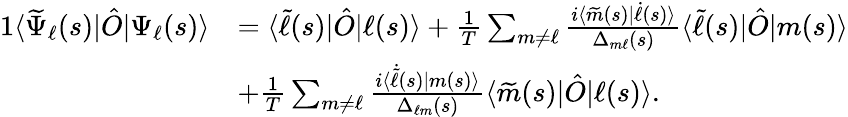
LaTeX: \begin{array}{rl}{{1}\langle\widetilde{\Psi}_{\ell}(s)|\hat{O}|\Psi_{\ell}(s)\rangle}&{=\langle\widetilde{\ell}(s)|\hat{O}|\ell(s)\rangle+\frac{1}{T}\sum_{m\neq\ell}\frac{i\langle\widetilde{m}(s)|\dot{\ell}(s)\rangle}{\Delta_{m\ell}(s)}\langle\widetilde{\ell}(s)|\hat{O}|m(s)\rangle}\\ &{+\frac{1}{T}\sum_{m\neq\ell}\frac{i\langle\dot{\widetilde{\ell}}(s)|m(s)\rangle}{\Delta_{\ell m}(s)}\langle\widetilde{m}(s)|\hat{O}|\ell(s)\rangle.}\end{array}